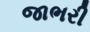
જાભરી